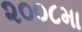
૨૦૦૮મા